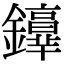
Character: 𨯢